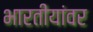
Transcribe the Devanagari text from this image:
भारतीयांवर